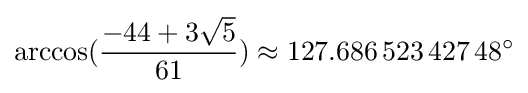
\arccos({\frac {-44+3{\sqrt {5}}}{61}})\approx 127.686\,523\,427\,48^{\circ }